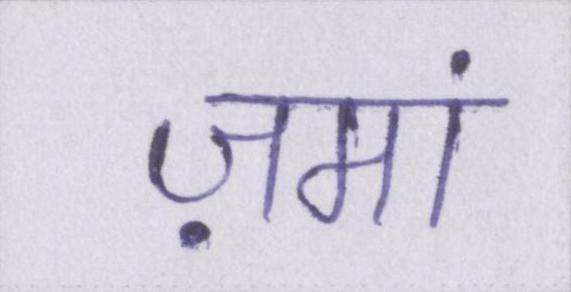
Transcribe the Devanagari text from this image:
ज़मां